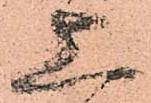
上